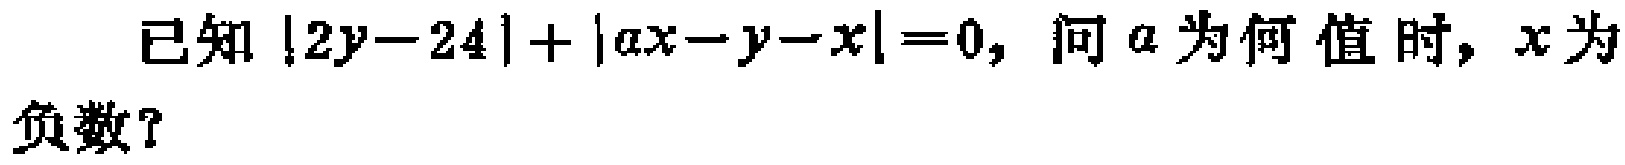
已知\(\vert 2y - 24\vert+\vert ax - y - x\vert = 0\)，问\(a\)为何值时，\(x\)为负数？